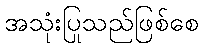
အသုံးပြုသည်ဖြစ်စေ